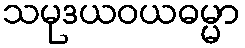
သမုဒယဝယဓမ္မာ